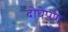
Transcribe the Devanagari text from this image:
दोघेपण